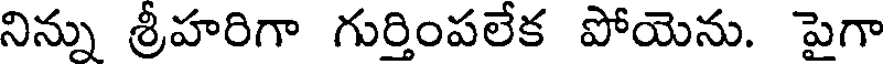
నిన్ను శ్రీహరిగా గుర్తింపలేక పోయెను. పైగా